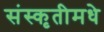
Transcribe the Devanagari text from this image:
संस्कृतीमधे